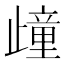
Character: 𣦟